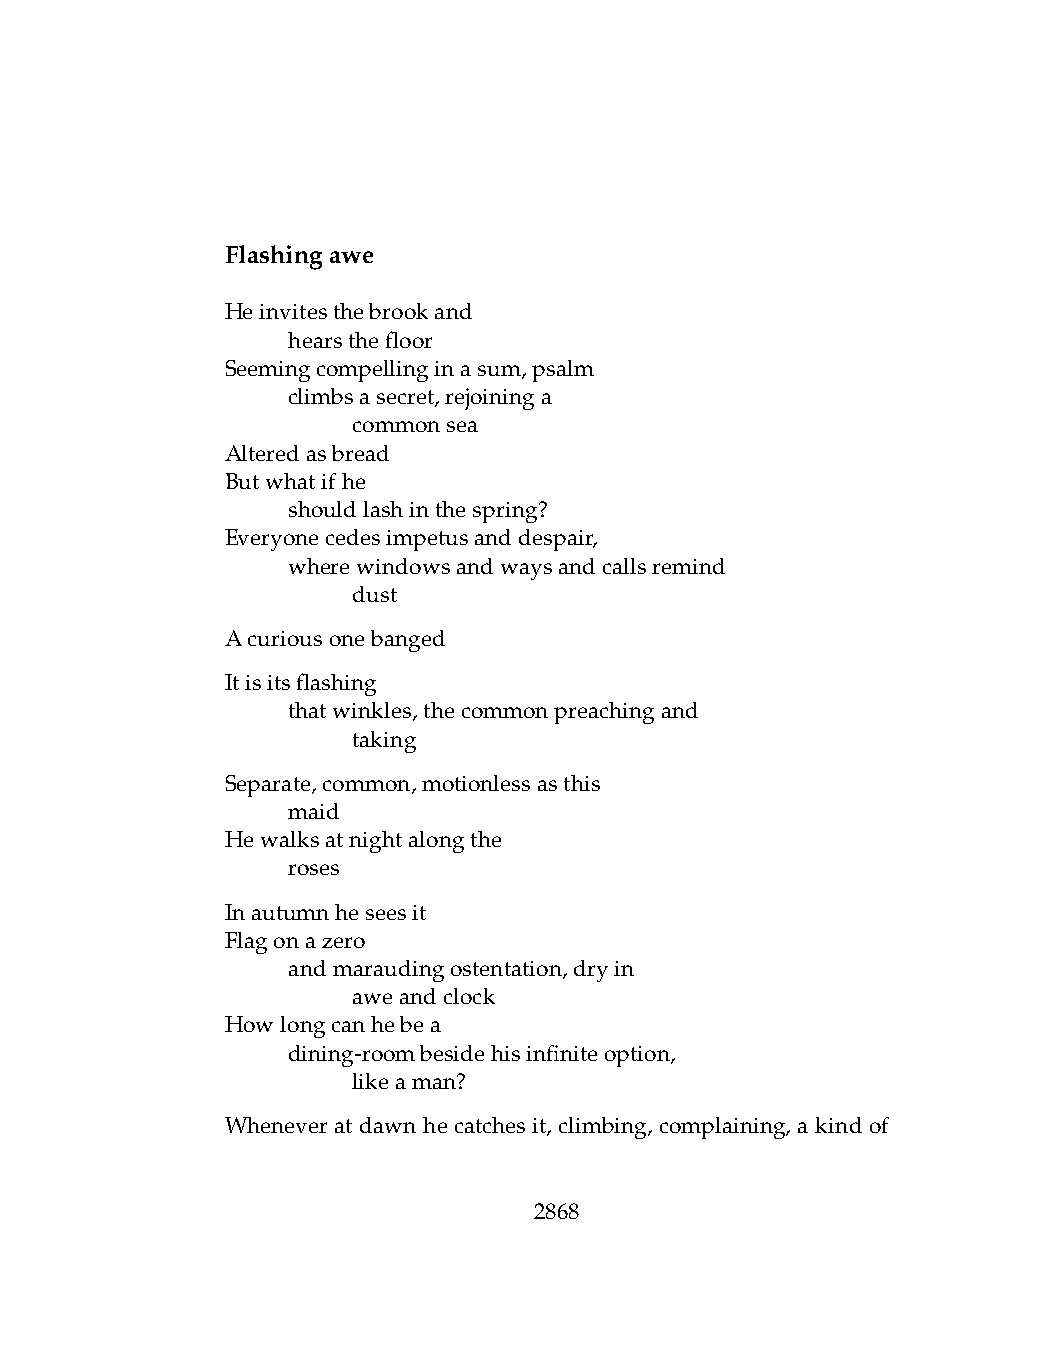
Flashingawe
 Heinvitesthebrookand
 .   hearsthefloor
 Seemingcompellinginasum,psalm
 .   climbsasecret,rejoininga
 .   .   commonsea
 Alteredasbread
 Butwhatifhe
 .   shouldlashinthespring?
 Everyonecedesimpetusanddespair,
 .   wherewindowsandwaysandcallsremind
 .   .   dust
 Acuriousonebanged
 Itisitsflashing
 .   thatwinkles,thecommonpreachingand
 .   .   taking
 Separate,common,motionlessasthis
 .   maid
 Hewalksatnightalongthe
 .   roses
 Inautumnheseesit
 Flagonazero
 .   andmaraudingostentation,dryin
 .   .   aweandclock
 Howlongcanhebea
 .   dining-roombesidehisinfiniteoption,
 .   .   likeaman?
 Whenever at dawn he catches it, climbing, complaining, a kind of
 2868